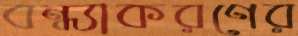
বন্ধ্যাকরণের